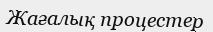
Жағалық процестер